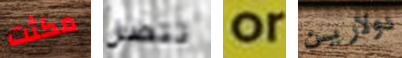
مكثت تتصل or دولارين